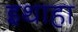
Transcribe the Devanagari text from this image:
इथाहा